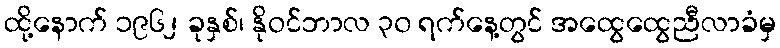
ထို့နောက် ၁၉၆၂ ခုနှစ်၊ နိုဝင်ဘာလ ၃၀ ရက်နေ့တွင် အထွေထွေညီလာခံမှ